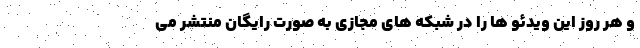
و هر روز این ویدئو ها را در شبکه های مجازی به صورت رایگان منتشر می